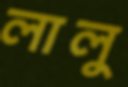
লালু